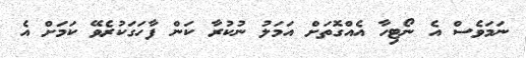
ނަމަވެސް އެ ނޯޓިހާ އެއްގޮތަށް އަމަލު ނުކުރާ ކަން ފާހަގަކުރެވޭ ކަމަށް އެ